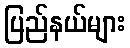
ပြည်နယ်များ